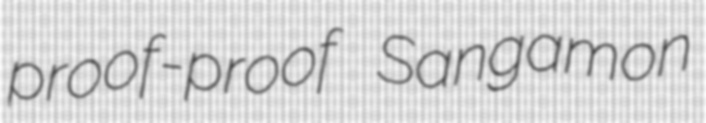
proof-proof Sangamon